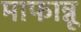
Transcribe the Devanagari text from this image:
माफान्नू